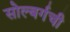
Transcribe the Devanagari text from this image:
सोल्बर्गची